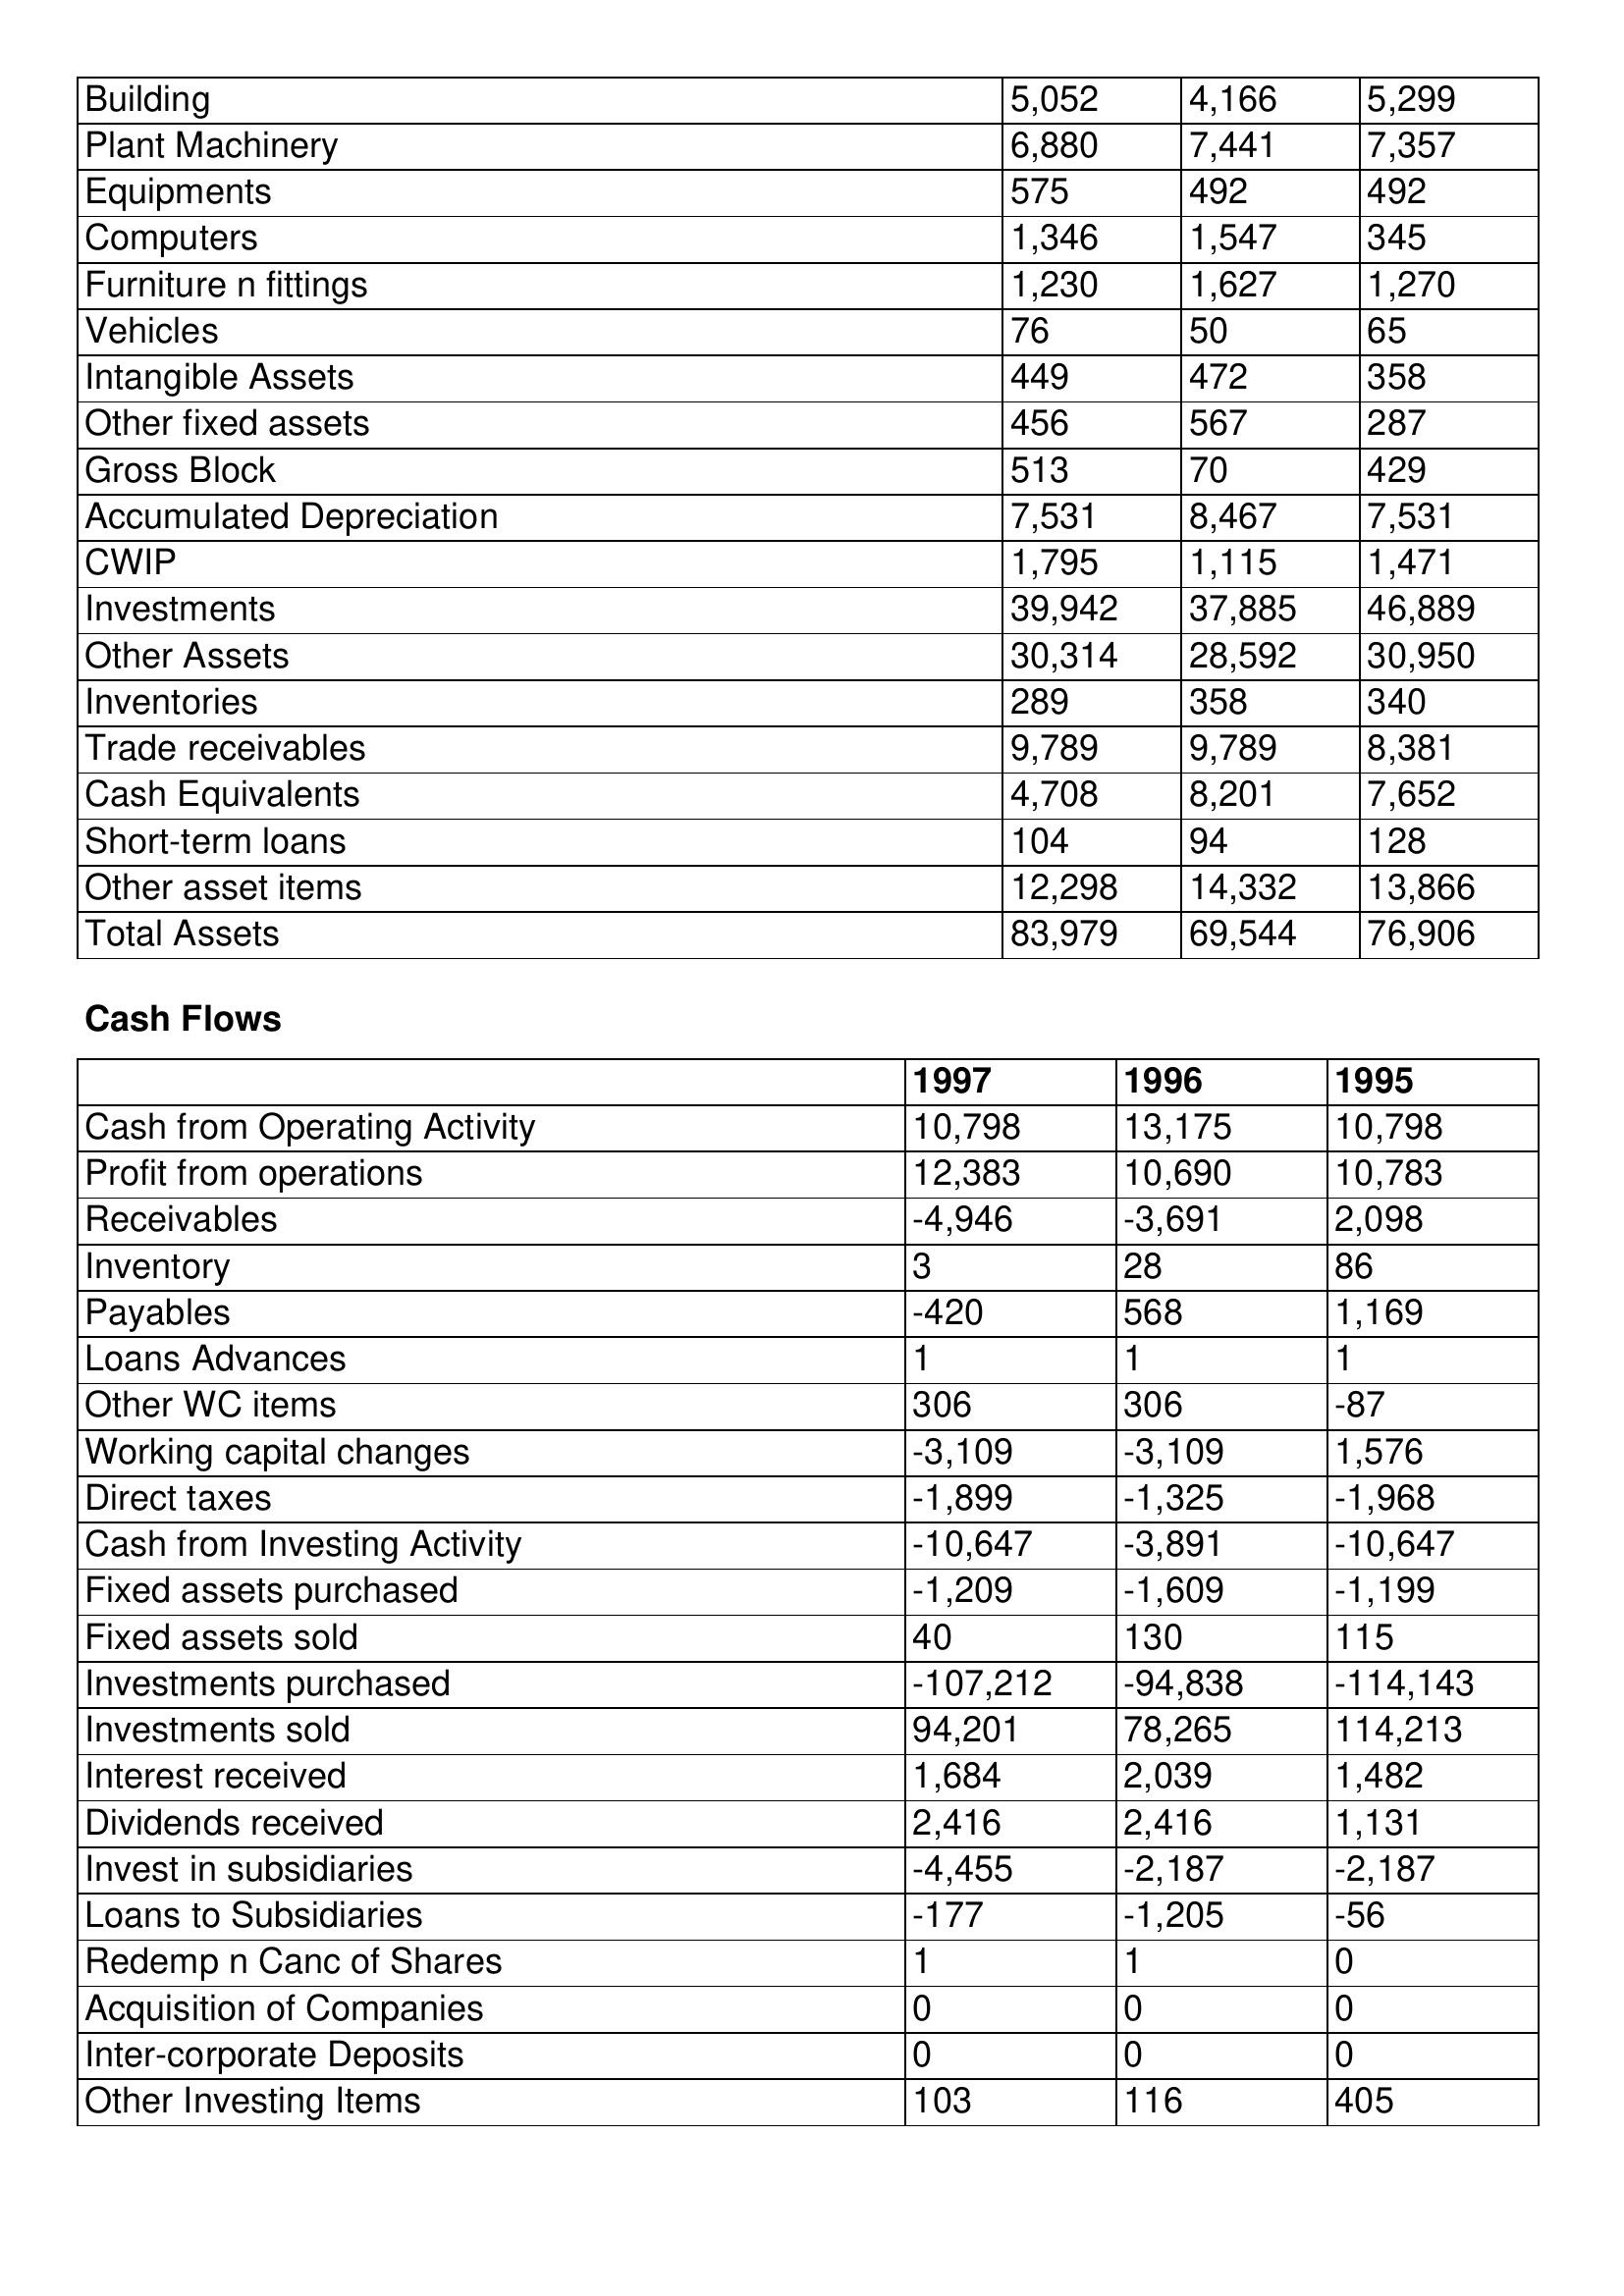
gt_parse: 1997: Balance Sheet: Building: 5,052
Plant Machinery: 6,880
Equipments: 575
Computers: 1,346
Furniture n fittings: 1,230
Vehicles: 76
Intangible Assets: 449
Other fixed assets: 456
Gross Block: 513
Accumulated Depreciation: 7,531
CWIP: 1,795
Investments: 39,942
Other Assets: 30,314
Inventories: 289
Trade receivables: 9,789
Cash Equivalents: 4,708
Short-term loans: 104
Other asset items: 12,298
Total Assets: 83,979
Cash Flows: Cash from Operating Activity: 10,798
Profit from operations: 12,383
Receivables: -4,946
Inventory: 3
Payables: -420
Loans Advances: 1
Other WC items: 306
Working capital changes: -3,109
Direct taxes: -1,899
Cash from Investing Activity: -10,647
Fixed assets purchased: -1,209
Fixed assets sold: 40
Investments purchased: -107,212
Investments sold: 94,201
Interest received: 1,684
Dividends received: 2,416
Invest in subsidiaries: -4,455
Loans to Subsidiaries: -177
Redemp n Canc of Shares: 1
Acquisition of Companies: 0
Inter-corporate Deposits: 0
Other Investing Items: 103
1996: Balance Sheet: Building: 4,166
Plant Machinery: 7,441
Equipments: 492
Computers: 1,547
Furniture n fittings: 1,627
Vehicles: 50
Intangible Assets: 472
Other fixed assets: 567
Gross Block: 70
Accumulated Depreciation: 8,467
CWIP: 1,115
Investments: 37,885
Other Assets: 28,592
Inventories: 358
Trade receivables: 9,789
Cash Equivalents: 8,201
Short-term loans: 94
Other asset items: 14,332
Total Assets: 69,544
Cash Flows: Cash from Operating Activity: 13,175
Profit from operations: 10,690
Receivables: -3,691
Inventory: 28
Payables: 568
Loans Advances: 1
Other WC items: 306
Working capital changes: -3,109
Direct taxes: -1,325
Cash from Investing Activity: -3,891
Fixed assets purchased: -1,609
Fixed assets sold: 130
Investments purchased: -94,838
Investments sold: 78,265
Interest received: 2,039
Dividends received: 2,416
Invest in subsidiaries: -2,187
Loans to Subsidiaries: -1,205
Redemp n Canc of Shares: 1
Acquisition of Companies: 0
Inter-corporate Deposits: 0
Other Investing Items: 116
1995: Balance Sheet: Building: 5,299
Plant Machinery: 7,357
Equipments: 492
Computers: 345
Furniture n fittings: 1,270
Vehicles: 65
Intangible Assets: 358
Other fixed assets: 287
Gross Block: 429
Accumulated Depreciation: 7,531
CWIP: 1,471
Investments: 46,889
Other Assets: 30,950
Inventories: 340
Trade receivables: 8,381
Cash Equivalents: 7,652
Short-term loans: 128
Other asset items: 13,866
Total Assets: 76,906
Cash Flows: Cash from Operating Activity: 10,798
Profit from operations: 10,783
Receivables: 2,098
Inventory: 86
Payables: 1,169
Loans Advances: 1
Other WC items: -87
Working capital changes: 1,576
Direct taxes: -1,968
Cash from Investing Activity: -10,647
Fixed assets purchased: -1,199
Fixed assets sold: 115
Investments purchased: -114,143
Investments sold: 114,213
Interest received: 1,482
Dividends received: 1,131
Invest in subsidiaries: -2,187
Loans to Subsidiaries: -56
Redemp n Canc of Shares: 0
Acquisition of Companies: 0
Inter-corporate Deposits: 0
Other Investing Items: 405